Report on sanitation, dispensaries, and jails in Rajputana for 1910, and on vaccination for the year 1910-1911 - 1910-1911
Year: 1910
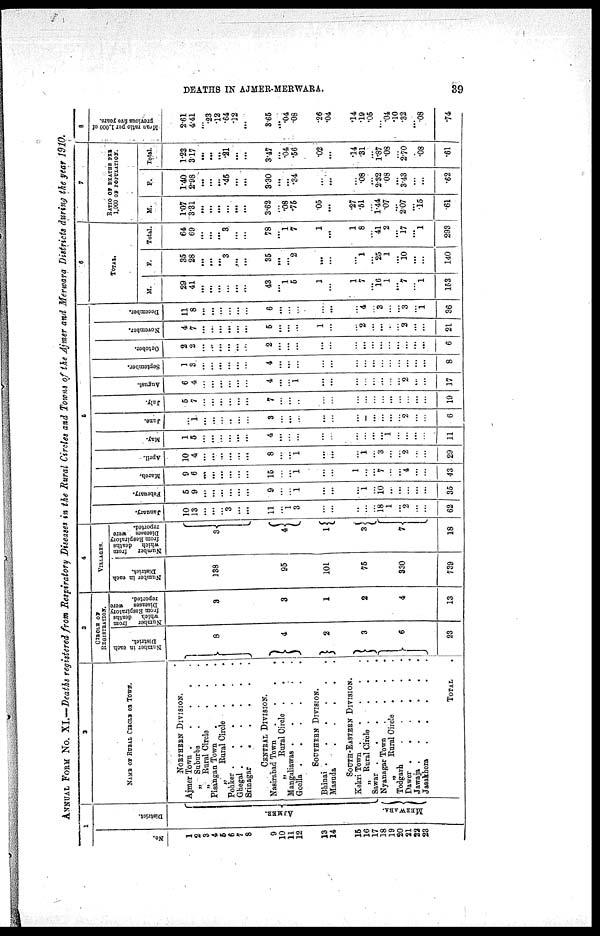
DEATHS IN AJMER-MERWARA.
39
ANNUAL FORM No. XI.—Deaths registered from Respiratory Diseases in the Rural Circles and Towns of the Ajmer and Merwara Districts during the year 1910.
1
No.
1
2
3
4
5
6
7
8
9
10
11
12
13
14
15
16
17
18
19
20
21
22
23
District.
AJMER.
MERWARA.
2
NAME OF RURAL CIRCLE OR TOWN.
NORTHERN DIVISION.
Ajmer Town .
.
.
.
„ Suburbs
.
.
.
.
„ Rural Circle
. . .
Pisangan Town
.
.
.
.
„
Rural Circle
.
.
.
Pohker
Ghegal
Srinagar
CENRTAL DIVISION.
Nasirabad Town
.
.
.
.
„
Rural Circle .
.
.
Mangaliawas .
.
.
.
.
Goella
SOUTHERN DIVISION.
Bhinai
Masuda
.
.
.
.
.
SOUTH-EASTERN DIVISION.
Kekri Town
„ Rural Circle
.
.
.
.
Sawar .
.
.
.
.
.
Nyanagar Town
.
.
.
.
„
Rural Circle . . .
Todgarh
Dawer .
.
.
.
.
.
Jawaja
Jasakhera
TOTAL .
3
CIRCLE OF
REGISTRATION.
Number in each
District.
8
4
2
3
6
23
Number
from
which deaths
from Respiratory
Diseases were
reported.
3
3
1
2
4
13
4
VILLAGES.
Number in each
District.
138
95
101
75
330
739
Number
from
which deaths
from Respiratory
Diseases were
reported.
3
4
1
3
7
18
5
January.
10
13
...
...
...
3
...
...
February.
5
9
...
...
...
...
...
...
11
...
1
3
...
...
...
...
...
18
1
...
2
...
...
62
9
...
...
1
...
...
...
1
...
10
...
...
...
...
...
35
March.
9
6
...
...
...
...
...
...
15
...
...
1
...
...
1
...
...
7
...
...
4
...
...
43
April.
10
4
...
...
...
...
...
...
8
...
...
1
...
...
...
1
...
3
...
...
2
...
...
29
May.
1
5
...
...
...
...
...
...
4
...
...
...
...
...
...
...
...
...
1
...
...
...
...
11
June.
...
1
...
...
...
...
...
...
3
...
...
...
...
...
...
...
...
...
...
...
2
...
...
6
July.
5
7
...
...
...
...
...
...
7
...
...
...
...
...
...
...
...
...
...
...
...
...
...
19
August.
6
4
...
...
...
...
...
...
4
...
...
1
...
...
...
...
...
...
...
...
2
...
...
17
September.
1
3
...
...
...
...
...
...
4
...
...
...
...
...
...
...
...
...
...
...
...
...
...
8
October.
2
2
...
...
...
...
...
...
2
...
...
...
...
...
...
...
...
...
...
...
...
...
...
6
November.
4
7
...
...
...
...
...
...
5
...
...
...
1
...
...
2
...
...
...
...
2
...
...
21
December.
11
8
...
...
...
...
...
...
6
...
...
...
...
...
...
4
...
3
...
...
3
...
1
36
6
TOTAL.
M.
29
41
...
...
...
...
...
...
43
...
1
5
1
...
1
7
...
16
1
...
7
...
1
153
F.
35
28
...
...
...
3
...
...
35
...
...
2
...
...
...
1
...
25
1
...
10
...
...
140
Total.
64
69
...
...
...
3
...
...
78
...
1
7
1
...
1
8
...
41
2
...
17
...
1
293
7
RATIO OF DEATHS PER
1,000 OF POPULATION.
M.
1.07
3.31
...
...
...
...
...
...
3.62
...
.08
.75
.05
...
.27
.51
...
1.44
.07
...
2.07
...
.15
.61
F.
1.40
2.98
...
...
...
.45
...
...
3.30
...
...
.34
...
...
...
.08
...
2.32
.08
...
3.43
...
...
.62
Total.
1.23
3.17
...
...
...
.21
...
...
3.47
...
.04
.56
.02
...
.14
.31
...
1.87
.08
...
2.70
...
.08
.61
8
Mean ratio per 1,000 of
previous five years.
2.61
4.41
...
.23
.12
.64
.12
...
3.65
...
.04
.08
.26
.04
.14
.19
.05
...
.04
.10
.32
...
.08
.74